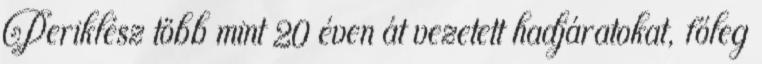
Periklész több mint 20 éven át vezetett hadjáratokat, főleg